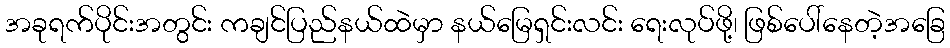
အခုရက်ပိုင်းအတွင်း ကချင်ပြည်နယ်ထဲမှာ နယ်မြေရှင်းလင်း ရေးလုပ်ဖို့၊ ဖြစ်ပေါ်နေတဲ့အခြေ